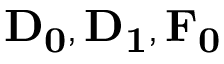
\bf { D _ { 0 } , D _ { 1 } , F _ { 0 } }